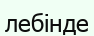
лебінде